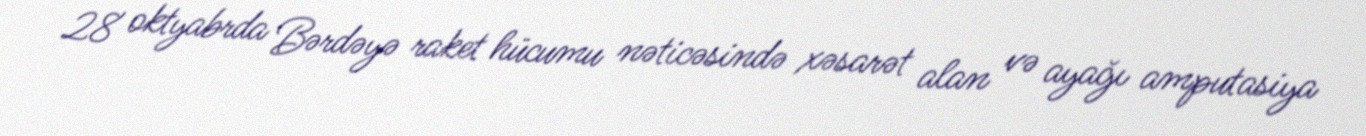
28 oktyabrda Bərdəyə raket hücumu nəticəsində xəsarət alan və ayağı amputasiya